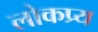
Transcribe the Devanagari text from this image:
लोकप्र्य